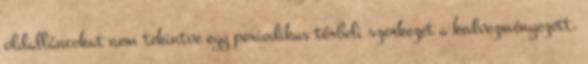
oldalláncokat nem tekintve egy periodikus térbeli szerkezet a kedvezményezett.